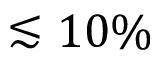
\lesssim 1 0 \%